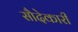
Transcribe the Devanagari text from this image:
सौदेकारी